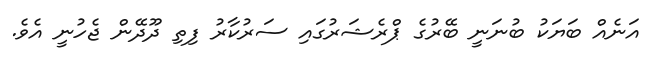
އަނެއް ބަޔަކު ބުނަނީ ބޭރުގެ ޕްރެޝަރުގައި ސަރުކާރު ފިތި ދޫދޭން ޖެހުނީ އެވެ.